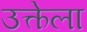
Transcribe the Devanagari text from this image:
उत्केला